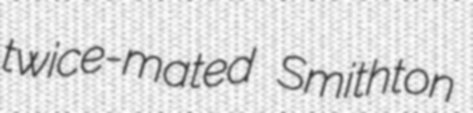
twice-mated Smithton